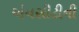
એનસીટીની